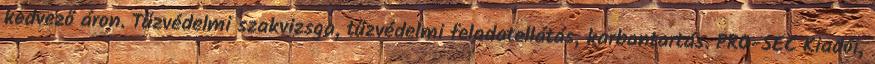
kedvező áron. Tűzvédelmi szakvizsga, tűzvédelmi feladatellátás, karbantartás. PRO-SEC Kiadói,